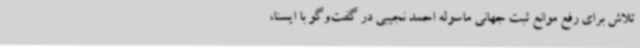
تلاش برای رفع موانع ثبت جهانی ماسوله احمد نجیبی در گفت‌وگو با ایسنا،